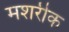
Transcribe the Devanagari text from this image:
मशरीक